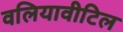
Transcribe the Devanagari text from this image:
वलियावीटिल